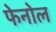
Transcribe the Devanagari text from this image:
फेनोल